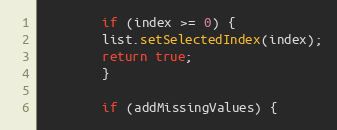
Language: Java
	    if (index >= 0) {
		list.setSelectedIndex(index);
		return true;
	    }

	    if (addMissingValues) {